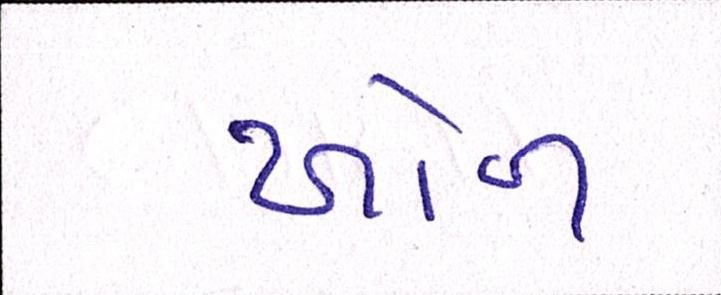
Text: ખોળ